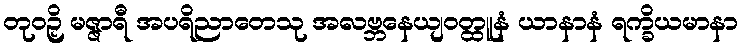
တုဝဉှိ မဇ္ဇာရီ အပရိညာတေသု အလဗ္ဘနေယျဝတ္ထူနံ ယာနာနံ ရက္ခိယမာနာ